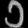
Digit: ၁